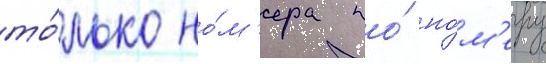
то́лько но́м'ера по́ но́м'еру